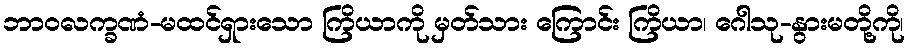
ဘာဝလက္ခဏံ-မထင်ရှားသော ကြိယာကို မှတ်သား ကြောင်း ကြိယာ၊ ဂေါသု-နွားမတို့ကို၊